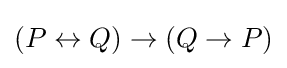
(P\leftrightarrow Q)\to (Q\to P)